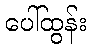
ပေါ်ထွန်း